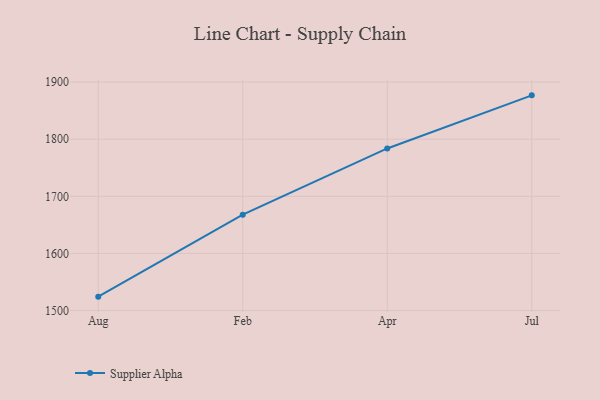
{"axis": {"x": "Month", "y": "Churn Rate (%)"}, "legend": ["Supplier Alpha"], "data": [{"x": "Aug", "y": 1524.3, "type": "Supplier Alpha"}, {"x": "Feb", "y": 1667.9, "type": "Supplier Alpha"}, {"x": "Apr", "y": 1783.8, "type": "Supplier Alpha"}, {"x": "Jul", "y": 1876.8, "type": "Supplier Alpha"}]}